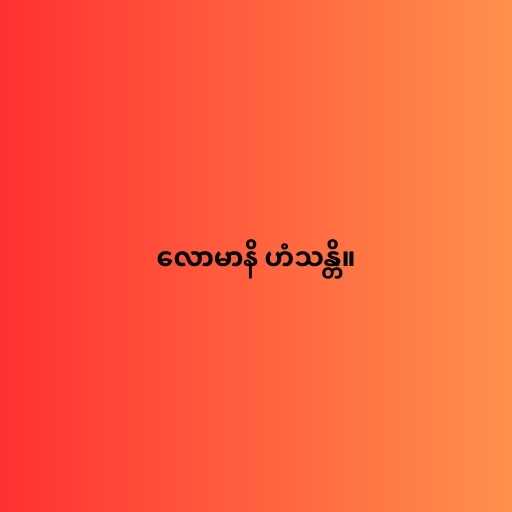
လောမာနိ ဟံသန္တိ။